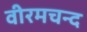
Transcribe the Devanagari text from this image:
वीरमचन्द